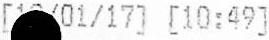
[19/01/17] [10:49]